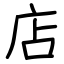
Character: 店